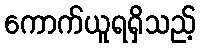
ကောက်ယူရရှိသည့်